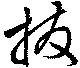
撥